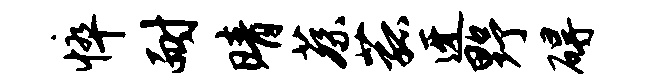
悴耐晴蔡菰迓野碍